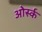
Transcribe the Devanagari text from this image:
ओर्स्क